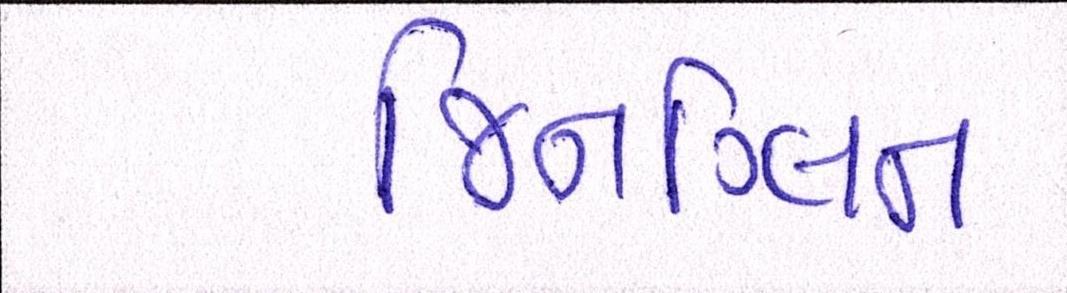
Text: જિનગ્લિન